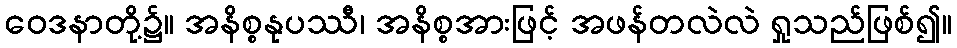
ဝေဒနာတို့၌။ အနိစ္စနုပဿီ၊ အနိစ္စအားဖြင့် အဖန်တလဲလဲ ရှုသည်ဖြစ်၍။